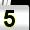
Digit: 5